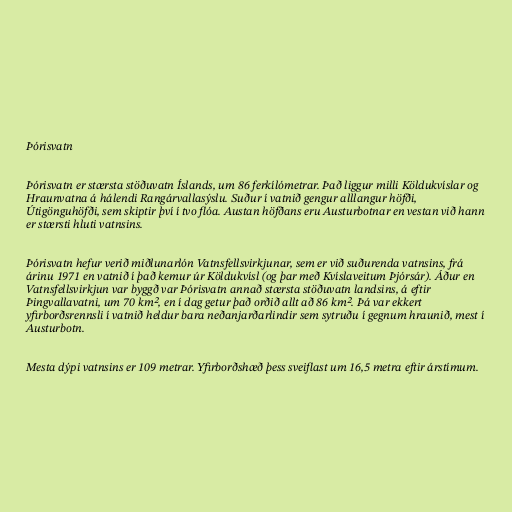
Þórisvatn

Þórisvatn er stærsta stöðuvatn Íslands, um 86 ferkílómetrar. Það liggur milli Köldukvíslar og
Hraunvatna á hálendi Rangárvallasýslu. Suður í vatnið gengur alllangur höfði,
Útigönguhöfði, sem skiptir því í tvo flóa. Austan höfðans eru Austurbotnar en vestan við hann
er stærsti hluti vatnsins.

Þórisvatn hefur verið miðlunarlón Vatnsfellsvirkjunar, sem er við suðurenda vatnsins, frá
árinu 1971 en vatnið í það kemur úr Köldukvísl (og þar með Kvíslaveitum Þjórsár). Áður en
Vatnsfellsvirkjun var byggð var Þórisvatn annað stærsta stöðuvatn landsins, á eftir
Þingvallavatni, um 70 km², en í dag getur það orðið allt að 86 km². Þá var ekkert
yfirborðsrennsli í vatnið heldur bara neðanjarðarlindir sem sytruðu í gegnum hraunið, mest í
Austurbotn.

Mesta dýpi vatnsins er 109 metrar. Yfirborðshæð þess sveiflast um 16,5 metra eftir árstímum.